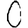
Digit: 0